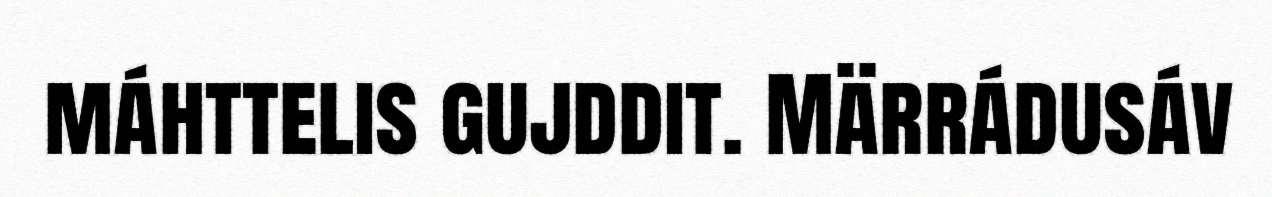
máhttelis gujddit. Märrádusáv